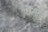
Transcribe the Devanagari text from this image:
विसंधि